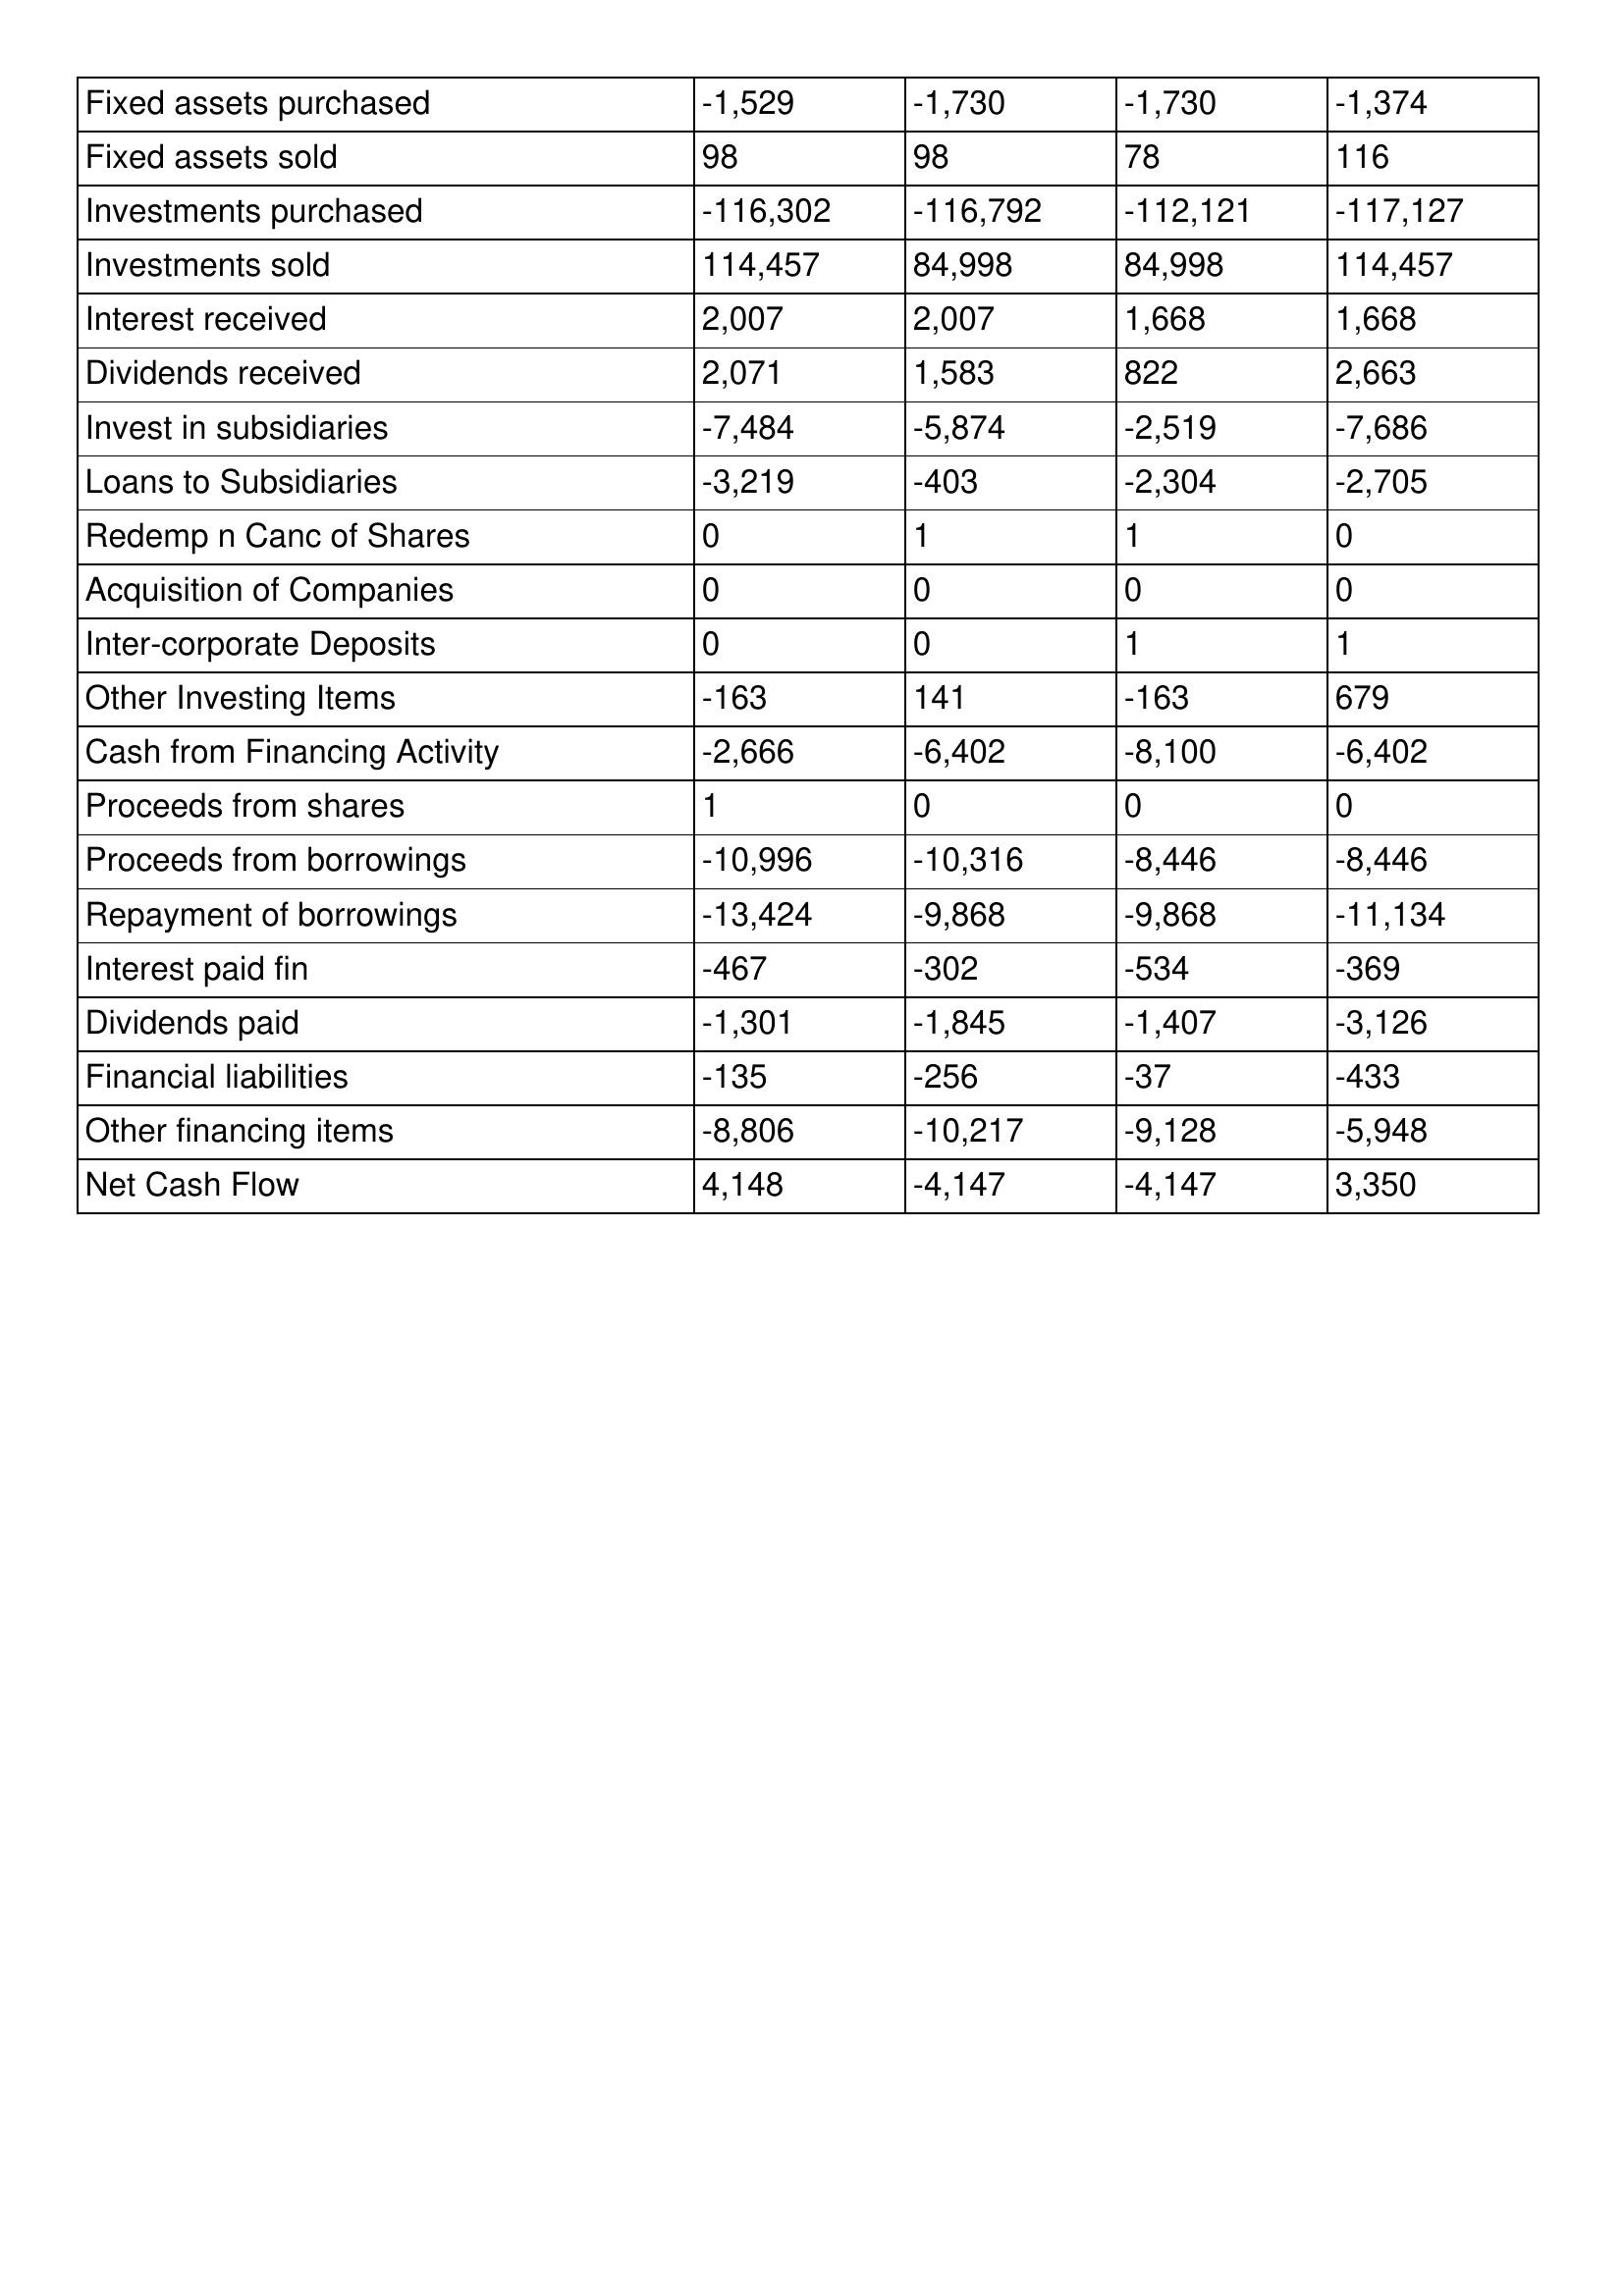
gt_parse: May-07: Cash Flows: Fixed assets purchased: -1,529
Fixed assets sold: 98
Investments purchased: -116,302
Investments sold: 114,457
Interest received: 2,007
Dividends received: 2,071
Invest in subsidiaries: -7,484
Loans to Subsidiaries: -3,219
Redemp n Canc of Shares: 0
Acquisition of Companies: 0
Inter-corporate Deposits: 0
Other Investing Items: -163
Cash from Financing Activity: -2,666
Proceeds from shares: 1
Proceeds from borrowings: -10,996
Repayment of borrowings: -13,424
Interest paid fin: -467
Dividends paid: -1,301
Financial liabilities: -135
Other financing items: -8,806
Net Cash Flow: 4,148
May-06: Cash Flows: Fixed assets purchased: -1,730
Fixed assets sold: 98
Investments purchased: -116,792
Investments sold: 84,998
Interest received: 2,007
Dividends received: 1,583
Invest in subsidiaries: -5,874
Loans to Subsidiaries: -403
Redemp n Canc of Shares: 1
Acquisition of Companies: 0
Inter-corporate Deposits: 0
Other Investing Items: 141
Cash from Financing Activity: -6,402
Proceeds from shares: 0
Proceeds from borrowings: -10,316
Repayment of borrowings: -9,868
Interest paid fin: -302
Dividends paid: -1,845
Financial liabilities: -256
Other financing items: -10,217
Net Cash Flow: -4,147
May-05: Cash Flows: Fixed assets purchased: -1,730
Fixed assets sold: 78
Investments purchased: -112,121
Investments sold: 84,998
Interest received: 1,668
Dividends received: 822
Invest in subsidiaries: -2,519
Loans to Subsidiaries: -2,304
Redemp n Canc of Shares: 1
Acquisition of Companies: 0
Inter-corporate Deposits: 1
Other Investing Items: -163
Cash from Financing Activity: -8,100
Proceeds from shares: 0
Proceeds from borrowings: -8,446
Repayment of borrowings: -9,868
Interest paid fin: -534
Dividends paid: -1,407
Financial liabilities: -37
Other financing items: -9,128
Net Cash Flow: -4,147
May-04: Cash Flows: Fixed assets purchased: -1,374
Fixed assets sold: 116
Investments purchased: -117,127
Investments sold: 114,457
Interest received: 1,668
Dividends received: 2,663
Invest in subsidiaries: -7,686
Loans to Subsidiaries: -2,705
Redemp n Canc of Shares: 0
Acquisition of Companies: 0
Inter-corporate Deposits: 1
Other Investing Items: 679
Cash from Financing Activity: -6,402
Proceeds from shares: 0
Proceeds from borrowings: -8,446
Repayment of borrowings: -11,134
Interest paid fin: -369
Dividends paid: -3,126
Financial liabilities: -433
Other financing items: -5,948
Net Cash Flow: 3,350